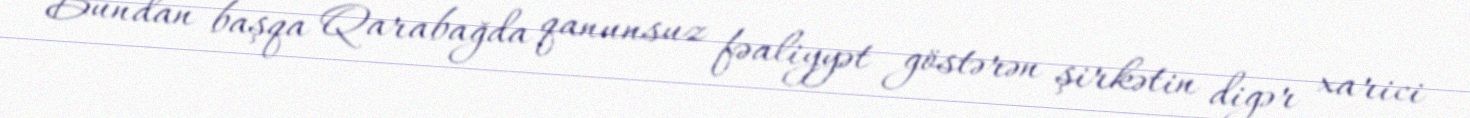
Bundan başqa Qarabağda qanunsuz fəaliyyət göstərən şirkətin digər xarici